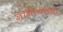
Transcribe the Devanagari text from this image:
ज्ञानेश्र्वरांची